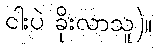
ငါးပဲ ခိုးလာသူ)။